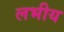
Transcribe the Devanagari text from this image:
लभीय